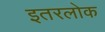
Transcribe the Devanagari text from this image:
इतरलोक